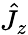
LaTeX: \hat{J}_{z}